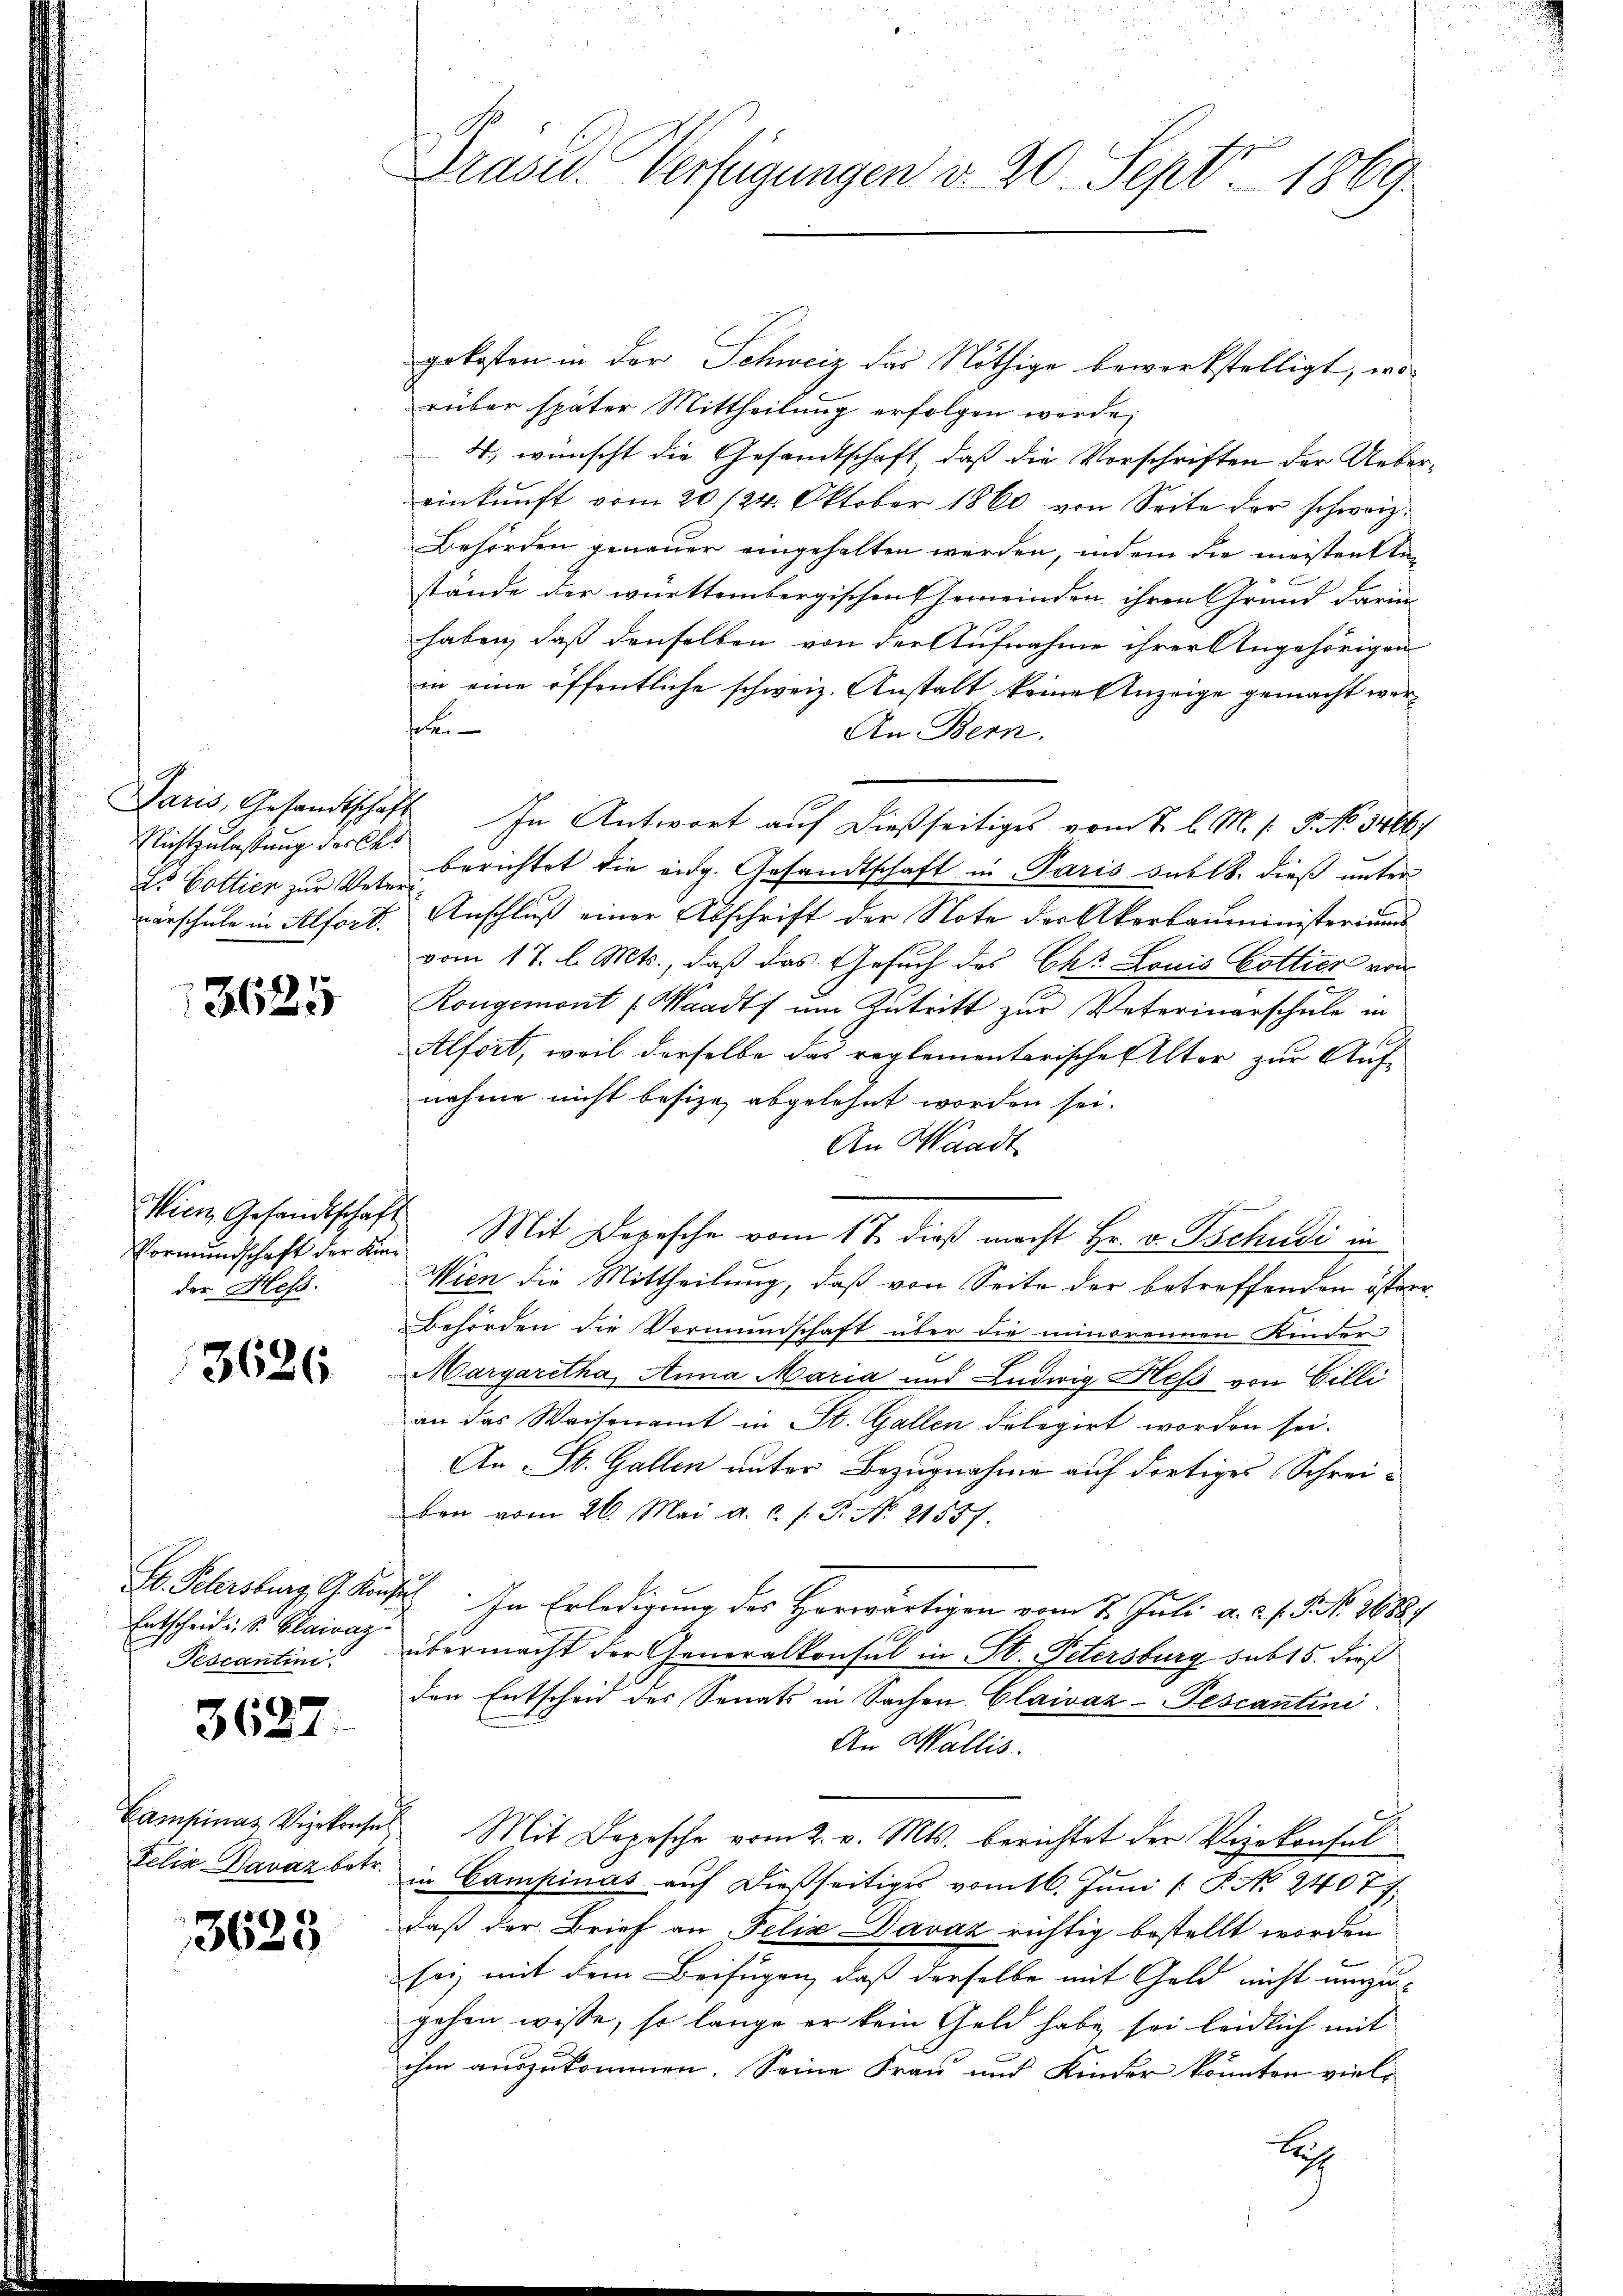
Richtzulassung des Cas
Es Gottier zur Veter

13625

Wien Gesandtschaft
der Hess.

3626

Entscheid. S. Blaivag
Tescantini.

3627.

3625

Brasis. Verfügungen v. 20. Sept 1869.

gekosten in der Schweiz das Nöthige bewerkstelligt, worüber später Mittheilung erfolgen werde;
4) wünscht die Gesandtschaft, daß die Vorschriften der Uebereinkunft vom 20 /24. Oktober 1860 von Seite der schweiz.
Behörden genauer eingehalten werden, indem die meistenten
stände der württembergischen Gemeinden ihren Grund darin
haben, daß denselben von der Aufnahme ihrer Angehörigen
in eine öffentliche schweiz. Anstalt keine Anzeige gemacht werset
An Bern.
Jaris, Gesandtschaft. In Antwort auf dießseitiges vom 2. l. M. s. S. No. 3466.
berichtet die eidg. Gesandtschaft in Paris satts. dieß unternärschule in Alfort. Anschluß einer Abschrift der Note des Akerbauministeriums
vom 17. d. Mts., daß das Gesuch des Chr. Louis Cottier von
Rongemont (Waadt ŭm Antritt zur Vaterinarschule in
Alfort, weil derselbe das reglementarische Alter zur Aufnahme nicht besize abgelehnt worden sei.
An Waadt
Vormundschaft der die Mit Depesche vom 17. dieß macht Hr. v. Tschudi in
Wien die Mittheilung, daß von Seite der betreffenden öster-
Behörden die Vormundschaft über die minorennen Kinder
Margaretha, Anna Maria und Ludwig Hess von Gilli
an das Waisenamt in St. Gallen delegirt worden sei.
An St. Gallen unter Bezugnahme auf dortiges Schreiben vom 26. Mai a. c. s. P. N. 21557.
E. Petersburg, G. Kauf. In Erledigung des Herwärtigen vom 2. Juli a. c. f. No. 1888.
übermacht der Generalkonsul in St. Petersburg sub 15. dieß
den Entscheid des Senats in Sachen Claivaz-Pescantini
An Wallis.
Campinas Vizekonsen Mit Depesche vom 2. v. Mts. berichtet der Vizekonsul
Felix Bavaz betr. in Campinas aŭf dießseitiges vom 16. Juni [ P. No. 2407/
daß der Brief an Felix Davaz richtig bestellt worden
sei, mit dem Beifügen, daß derselbe mit Geld nicht unzugehen wisse, so lange er kein Geld habe sei leidlich mit
ihm auszukommen. Seine Frau und Kinder könnten vielt